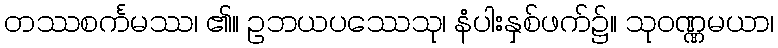
တဿစင်္ကမဿ၊ ၏။ ဥဘယပဿေသု၊ နံပါးနှစ်ဖက်၌။ သုဝဏ္ဏမယာ၊